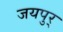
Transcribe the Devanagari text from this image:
जयपुर्